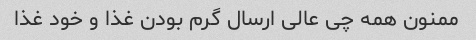
ممنون همه چی عالی ارسال گرم بودن غذا و خود غذا